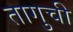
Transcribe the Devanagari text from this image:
तागुची